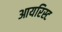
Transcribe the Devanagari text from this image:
आयरिस्ट